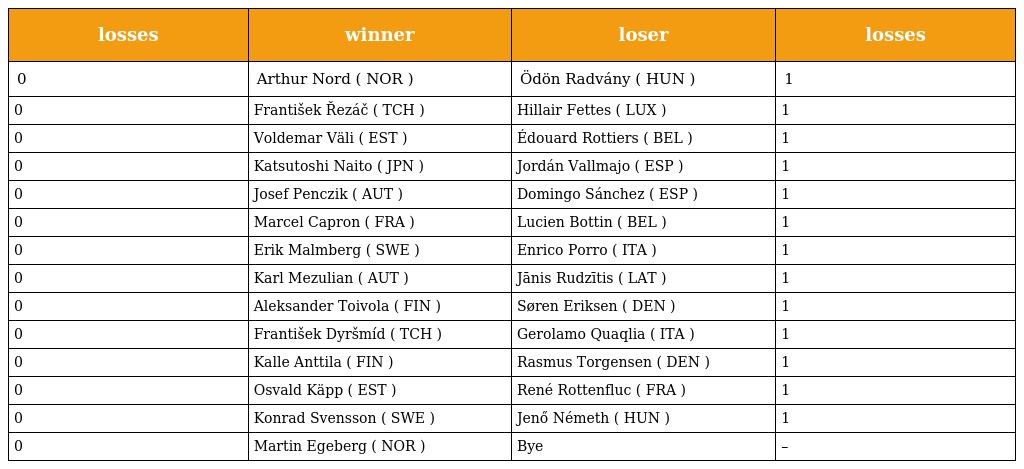
| losses | winner | loser | losses |
 | --- | --- | --- | --- |
 | 0 | Arthur Nord ( NOR ) | Ödön Radvány ( HUN ) | 1 |
 | 0 | František Řezáč ( TCH ) | Hillair Fettes ( LUX ) | 1 |
 | 0 | Voldemar Väli ( EST ) | Édouard Rottiers ( BEL ) | 1 |
 | 0 | Katsutoshi Naito ( JPN ) | Jordán Vallmajo ( ESP ) | 1 |
 | 0 | Josef Penczik ( AUT ) | Domingo Sánchez ( ESP ) | 1 |
 | 0 | Marcel Capron ( FRA ) | Lucien Bottin ( BEL ) | 1 |
 | 0 | Erik Malmberg ( SWE ) | Enrico Porro ( ITA ) | 1 |
 | 0 | Karl Mezulian ( AUT ) | Jānis Rudzītis ( LAT ) | 1 |
 | 0 | Aleksander Toivola ( FIN ) | Søren Eriksen ( DEN ) | 1 |
 | 0 | František Dyršmíd ( TCH ) | Gerolamo Quaqlia ( ITA ) | 1 |
 | 0 | Kalle Anttila ( FIN ) | Rasmus Torgensen ( DEN ) | 1 |
 | 0 | Osvald Käpp ( EST ) | René Rottenfluc ( FRA ) | 1 |
 | 0 | Konrad Svensson ( SWE ) | Jenő Németh ( HUN ) | 1 |
 | 0 | Martin Egeberg ( NOR ) | Bye | – |